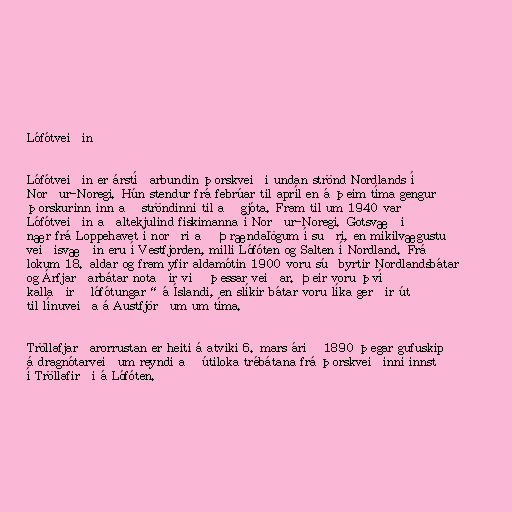
Lófótveiðin

Lófótveiðin er árstíðarbundin þorskveiði undan strönd Nordlands í
Norður-Noregi. Hún stendur frá febrúar til apríl en á þeim tíma gengur
þorskurinn inn að ströndinni til að gjóta. Fram til um 1940 var
Lófótveiðin aðaltekjulind fiskimanna í Norður-Noregi. Gotsvæðið
nær frá Loppehavet í norðri að Þrændalögum í suðri, en mikilvægustu
veiðisvæðin eru í Vestfjorden, milli Lófóten og Salten í Nordland. Frá
lokum 18. aldar og fram yfir aldamótin 1900 voru súðbyrtir Nordlandsbátar
og Árfjarðarbátar notaðir við þessar veiðar. Þeir voru því
kallaðir „lófótungar“ á Íslandi, en slíkir bátar voru líka gerðir út
til línuveiða á Austfjörðum um tíma.

Tröllafjarðarorrustan er heiti á atviki 6. mars árið 1890 þegar gufuskip
á dragnótarveiðum reyndi að útiloka trébátana frá þorskveiðinni innst
í Tröllafirði á Lófóten.